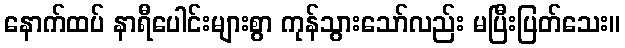
နောက်ထပ် နာရီပေါင်းများစွာ ကုန်သွားသော်လည်း မပြီးပြတ်သေး။